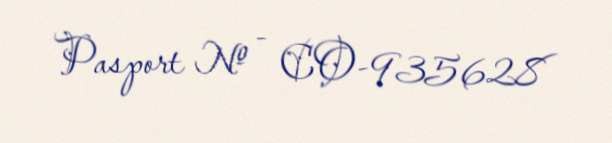
Pasport № - CO-935628